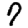
Digit: 7